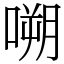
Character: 嗍